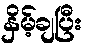
နှိမ့်ချပြီး